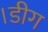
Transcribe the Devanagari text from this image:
।डीग